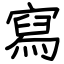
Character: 寫